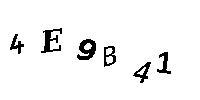
4E9B41